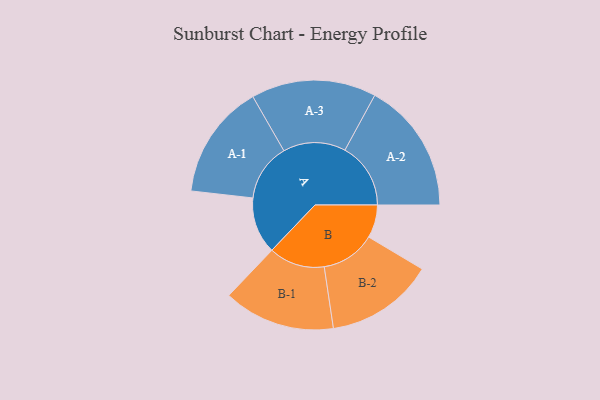
{"axis": {"x": "Segment", "y": "Value"}, "legend": ["", "A", "B"], "data": [{"x": "A", "y": 245, "type": ""}, {"x": "B", "y": 143, "type": ""}, {"x": "A-1", "y": 249, "type": "A"}, {"x": "A-2", "y": 285, "type": "A"}, {"x": "A-3", "y": 271, "type": "A"}, {"x": "B-1", "y": 242, "type": "B"}, {"x": "B-2", "y": 235, "type": "B"}]}